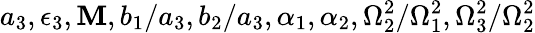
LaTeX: a_{3},\epsilon_{3},\mathbf{M},b_{1}/a_{3},b_{2}/a_{3},\alpha_{1},\alpha_{2},\Omega_{2}^{2}/\Omega_{1}^{2},\Omega_{3}^{2}/\Omega_{2}^{2}